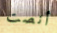
أنصت